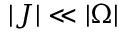
| J | \ll | \Omega |